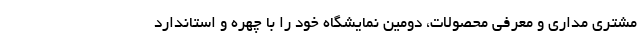
مشتری مداری و معرفی محصولات، دومین نمایشگاه خود را با چهره و استاندارد